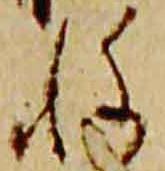
様